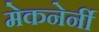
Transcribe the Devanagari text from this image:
मेकनेर्नी